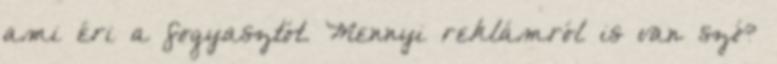
ami éri a fogyasztót. Mennyi reklámról is van szó?